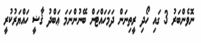
ނޮވެންބަރު 3 ގައި ހޯދި ރީތިނަން ދަމަހައްޓަން ބޭނުންނަމަ ޢަބްދު ޤާޟީ ހައްޔަރުކުރީ